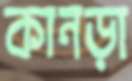
কানড়া